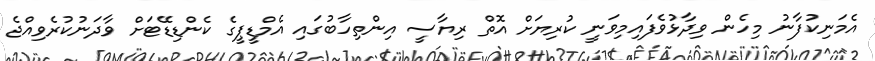
އެމަނިކުފާނު މިހެން ވިދާޅުވެފައިމިވަނީ ކުރިޔަށް އޮތް ރިޔާސީ އިންތިހާބުގައި އެމްޑީޕީގެ ކެންޑިޑޭޓަށް ވާދަނުކުރެވިއްޖެ